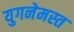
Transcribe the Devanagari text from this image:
युगनेमस्त